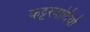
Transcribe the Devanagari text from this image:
कट्टरवादियो